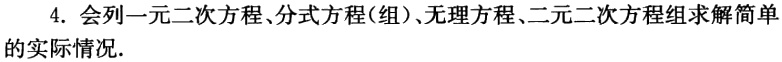
4. 会列一元二次方程、分式方程(组)、无理方程、二元二次方程组求解简单的实际情况.